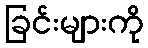
ခြင်းများကို